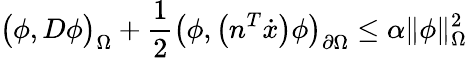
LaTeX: \big(\phi,D\phi\big)_{\Omega}+\frac{1}{2}\big(\phi,\big(n^{T}\dot{x}\big)\phi\big)_{\partial\Omega}\leq\alpha\| \phi\| _{\Omega}^{2}